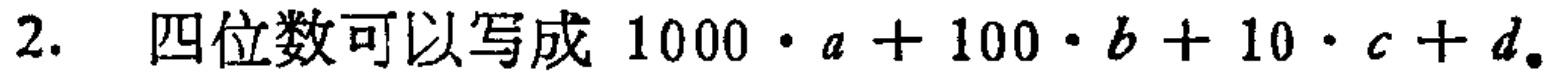
2. 四位数可以写成 \(1000\cdot a + 100\cdot b + 10\cdot c + d\)。